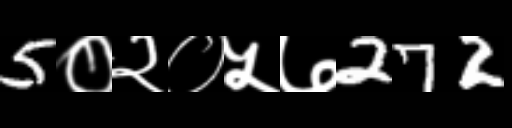
Text: 5०२०५७272